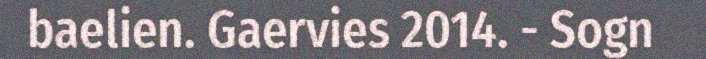
baelien. Gaervies 2014. - Sogn